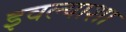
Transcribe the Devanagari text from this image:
इवल्याशा